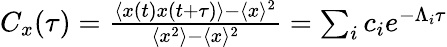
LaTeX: \begin{array}{r}{C_{x}(\tau)=\frac{\left\langle x(t)x(t+\tau)\right\rangle-\langle x\rangle^{2}}{\langle x^{2}\rangle-\langle x\rangle^{2}}=\sum_{i}c_{i}e^{-\Lambda_{i}\tau}}\end{array}